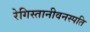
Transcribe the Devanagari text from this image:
रेगिस्तानीवनस्‍पति